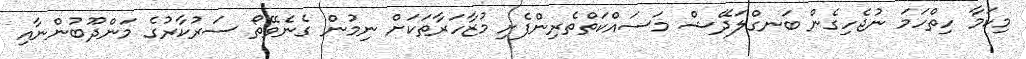
މިކަމާ ހިތްހަމަ ނުޖެހިގެން ބަނގްލަދޭޝް މަސައްކަތްތެރިންފެށި މުޒާހަރާތަކަށް ނިމުން ގެނެވޭތޯ ސަރުކާރުގެ މަންދޫބުންނާއި